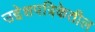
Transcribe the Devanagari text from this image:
उद्देशपत्रिकेतील